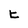
Character: E